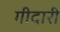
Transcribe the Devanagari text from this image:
गीदारी